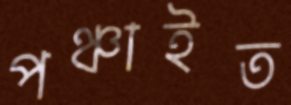
পঞ্চাইত